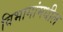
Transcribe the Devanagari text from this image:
विभागांमधील